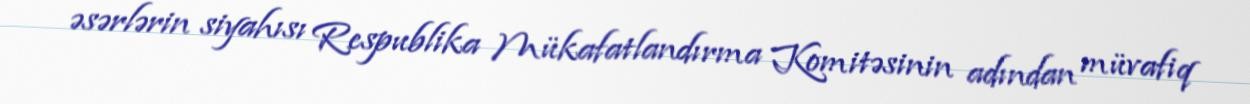
əsərlərin siyahısı Respublika Mükafatlandırma Komitəsinin adından müvafiq